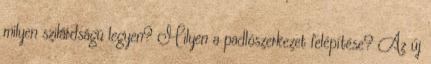
milyen szilárdságú legyen? Milyen a padlószerkezet felépítése? Az új